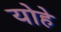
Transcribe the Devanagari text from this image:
योहे